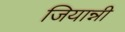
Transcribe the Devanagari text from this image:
जियान्नी